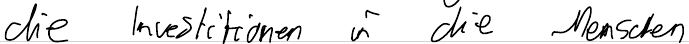
die Investitionen in die Menschen